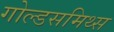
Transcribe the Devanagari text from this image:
गोल्डसमिथ्स